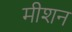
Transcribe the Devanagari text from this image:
मीशन